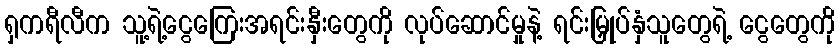
ရှကရီလီက သူ့ရဲ့ငွေကြေးအရင်းနှီးတွေကို လုပ်ဆောင်မှုနဲ့ ရင်းမြှုပ်နှံသူတွေရဲ့ ငွေတွေကို